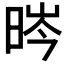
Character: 𣇂